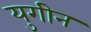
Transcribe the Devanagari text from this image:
युगीन